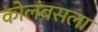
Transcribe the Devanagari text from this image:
कोलंबसला